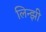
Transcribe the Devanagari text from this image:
लिन्झी